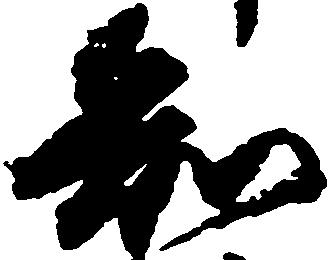
知